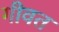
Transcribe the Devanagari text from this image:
गीवत